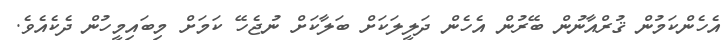
އެހެންކަމުން ޤުރްއާނުން ބޭރުން އެހެން ދަލީލަކަށް ބަލާކަށް ނުޖެހޭ ކަމަށް މިބައިމީހުން ދެކެއެވެ.